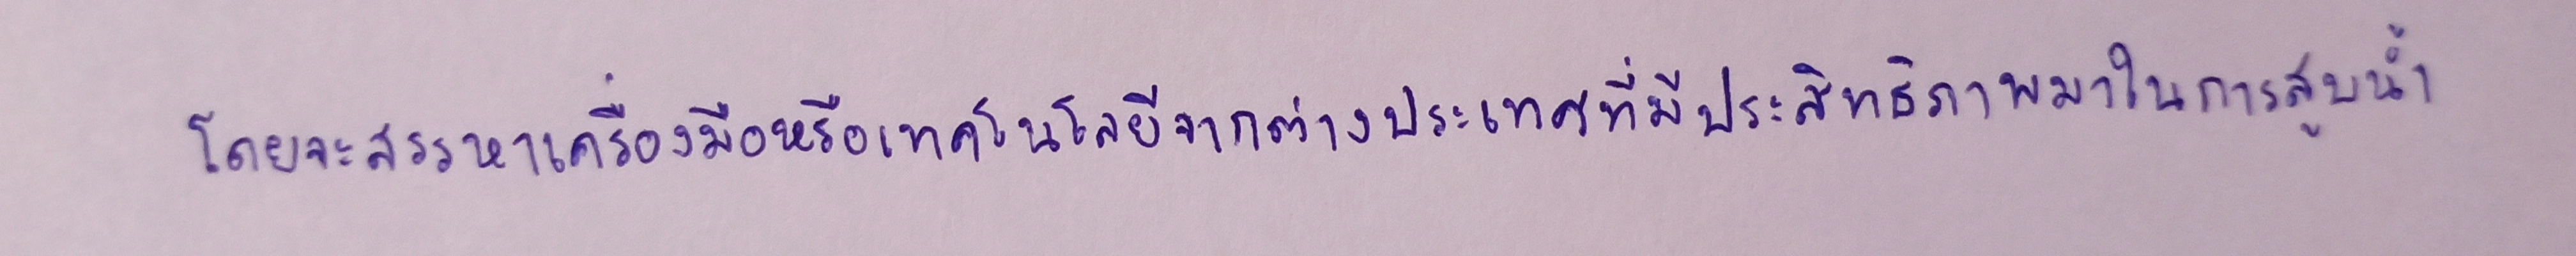
โดยจะสรรหาเครื่องมือหรือเทคโนโลยีจากต่างประเทศที่มีประสิทธิภาพมาในการสูบน้ำ